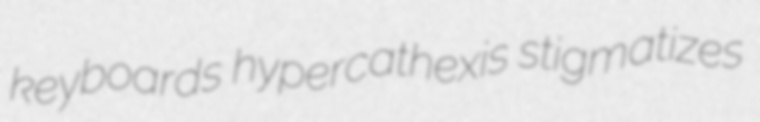
keyboards hypercathexis stigmatizes